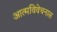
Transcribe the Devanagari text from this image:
आत्मविवेचनास